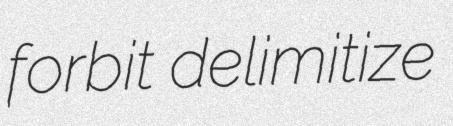
forbit delimitize